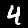
Label: 4